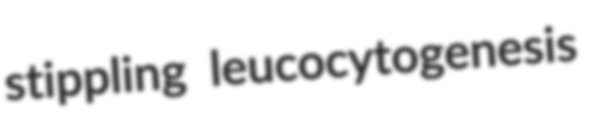
stippling leucocytogenesis